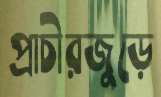
প্রাচীরজুড়ে